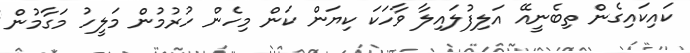
ކައިކައިގެން ތިބެނީއޭ އަލިފުލައިލާ ވާހަކަ ކިޔަން ކަން މިހެން ހުރުމުން މަލީހު މަގާމުން